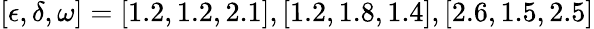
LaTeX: [\epsilon,\delta,\omega]=[1.2,1.2,2.1],[1.2,1.8,1.4],[2.6,1.5,2.5]